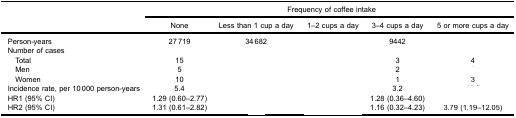
<table><thead><tr><td rowspan="2">[EMPTY_CELL]</td><td colspan="5"><b>Frequency of coffee intake</b></td></tr><tr><td>[EMPTY_CELL]</td><td><b>None</b></td><td><b>Less than 1 cup a day</b></td><td><b>1–2 cups a day</b></td><td><b>3–4 cups a day</b></td><td><b>5 or more cups a day</b></td></tr></thead><tbody><tr><td>Person-years</td><td>27 719</td><td>34 682</td><td>[EMPTY_CELL]</td><td>9442</td><td>[EMPTY_CELL]</td></tr><tr><td>Number of cases</td><td>[EMPTY_CELL]</td><td>[EMPTY_CELL]</td><td>[EMPTY_CELL]</td><td>[EMPTY_CELL]</td><td>[EMPTY_CELL]</td></tr><tr><td> Total</td><td>15</td><td>[EMPTY_CELL]</td><td>[EMPTY_CELL]</td><td>3</td><td>4</td></tr><tr><td> Men</td><td>5</td><td>[EMPTY_CELL]</td><td>[EMPTY_CELL]</td><td>2</td><td>[EMPTY_CELL]</td></tr><tr><td> Women</td><td>10</td><td>[EMPTY_CELL]</td><td>[EMPTY_CELL]</td><td>1</td><td>3</td></tr><tr><td>Incidence rate, per 10 000 person-years</td><td>5.4</td><td>[EMPTY_CELL]</td><td>[EMPTY_CELL]</td><td>3.2</td><td>[EMPTY_CELL]</td></tr><tr><td>HR1 (95% CI)</td><td>1.29 (0.60–2.77)</td><td>[EMPTY_CELL]</td><td>[EMPTY_CELL]</td><td>1.28 (0.36–4.60)</td><td>[EMPTY_CELL]</td></tr><tr><td>HR2 (95% CI)</td><td>1.31 (0.61–2.82)</td><td>[EMPTY_CELL]</td><td>[EMPTY_CELL]</td><td>1.16 (0.32–4.23)</td><td>3.79 (1.19–12.05)</td></tr></tbody></table>